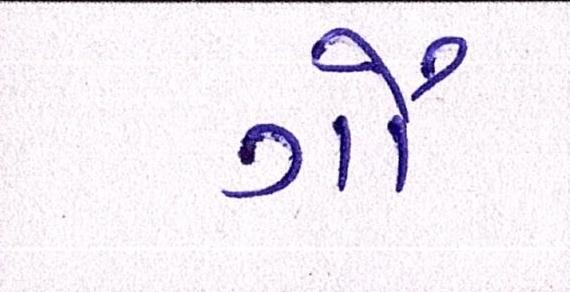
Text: ગૌ